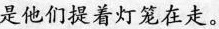
是他们提着灯笼在走。